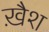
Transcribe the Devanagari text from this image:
ख़ैश